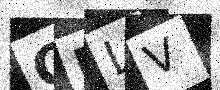
Text: GFLV